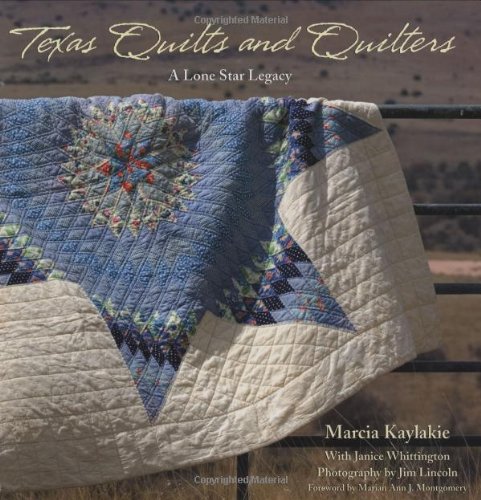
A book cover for Texas Quilts and Quilters: A Lone Star Legacy (Grover E. Murray Studies in the American Southwest); Marcia Kaylakie; Crafts, Hobbies & Home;